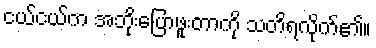
ငယ်ငယ်က အဘိုးပြောဖူးတာကို သတိရလိုက်၏။